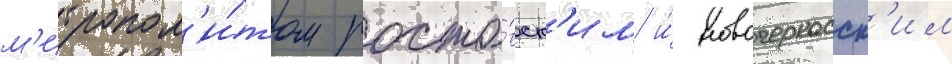
м'итропол'и́том росто́вск'им и́ новочеркасск'им